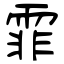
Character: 霏